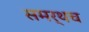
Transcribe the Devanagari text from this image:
समर्थच